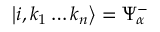
\left| i , k _ { 1 } \ldots k _ { n } \right\rangle = \Psi _ { \alpha } ^ { - }